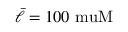
\bar { \ell } = 1 0 0 \mathrm { \ m u M }